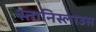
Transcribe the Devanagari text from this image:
स्तानिस्लाउस